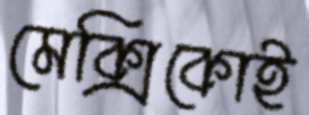
মেক্সিকোই